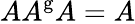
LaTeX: AA^{\mathrm{g}}A=A